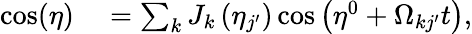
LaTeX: \begin{array}{rl}{\cos(\eta)}&{{}=\sum_{k}J_{k}\left(\eta_{j^{\prime}}\right)\cos\left(\eta^{0}+\Omega_{kj^{\prime}}t\right),}\end{array}